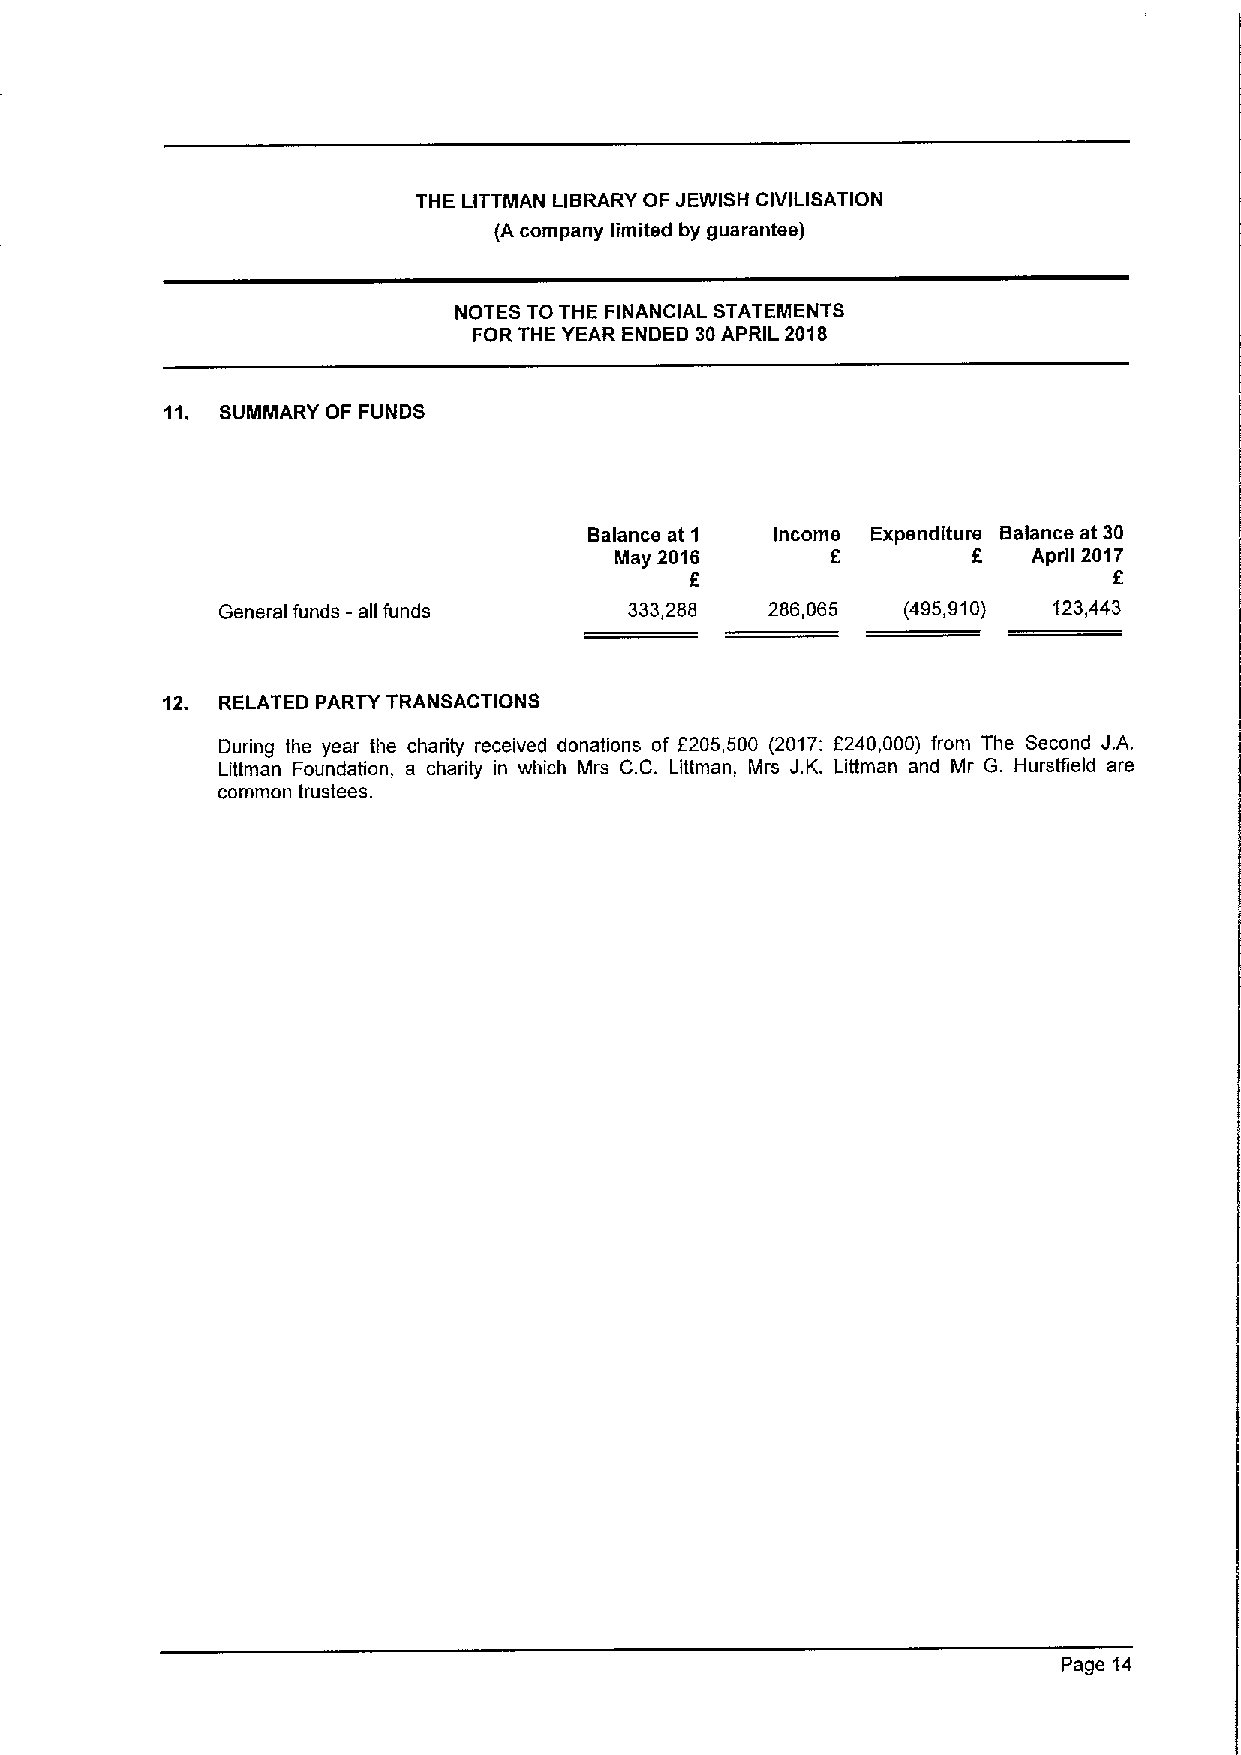
THE LITTMAN LIBRARY OF JEWISH CIVILISATION
 (A company limited by guarantee)
 NOTES TO THE FINANCIAL STATEMENTS
 FOR THE YEAR ENDED 30APRIL 2018
 11. SUMMARY OF FUNDS
 Balance at 1 Income Expenditure Balance at 30
 May 2016      6        6   April 2017
 f                           6
 General funds - all funds   333,288  286,065  (495,910) 123,443
 12. RELATED PARTY TRANSACTIONS
 During the year the charity received donations of 6205,500 (2017: 6240,000) from The Second J. A.
 Littman Foundation, a charity in which Mrs C.C. Littman, Mrs J.K. Littman and Mr G. Hurstiield are
 common trustees.
 Page 14